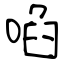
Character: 啗